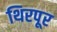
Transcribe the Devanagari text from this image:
थिरपूर